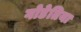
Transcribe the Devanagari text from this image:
गोडेतिया